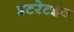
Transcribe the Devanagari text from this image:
इटरेटइव